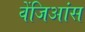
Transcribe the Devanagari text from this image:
वेंजिआंस